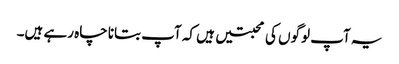
یہ آپ لوگوں کی محبتیں ہیں کہ آپ بتانا چاہ رہے ہیں۔